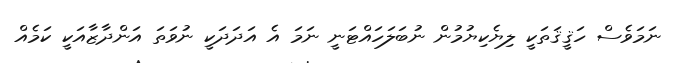
ނަމަވެސް ހަޤީޤަތަކީ ލިޔެކިޔުމުން ނުބަލަހައްޓަނީ ނަމަ އެ އަދަދަކީ ނުވަތަ އަންދާޒާއަކީ ކަމެއް